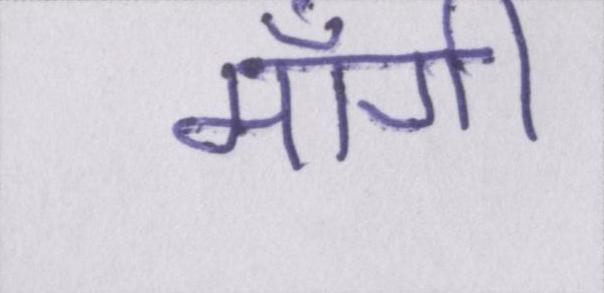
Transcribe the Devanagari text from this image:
माँगी